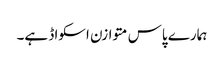
ہمارے پاس متوازن اسکواڈ ہے۔